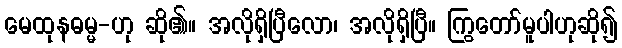
မေထုနဓမ္မ-ဟု ဆို၏။ အလိုရှိပြီလော၊ အလိုရှိပြီ။ ကြွတော်မူပါဟုဆို၍